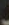
.